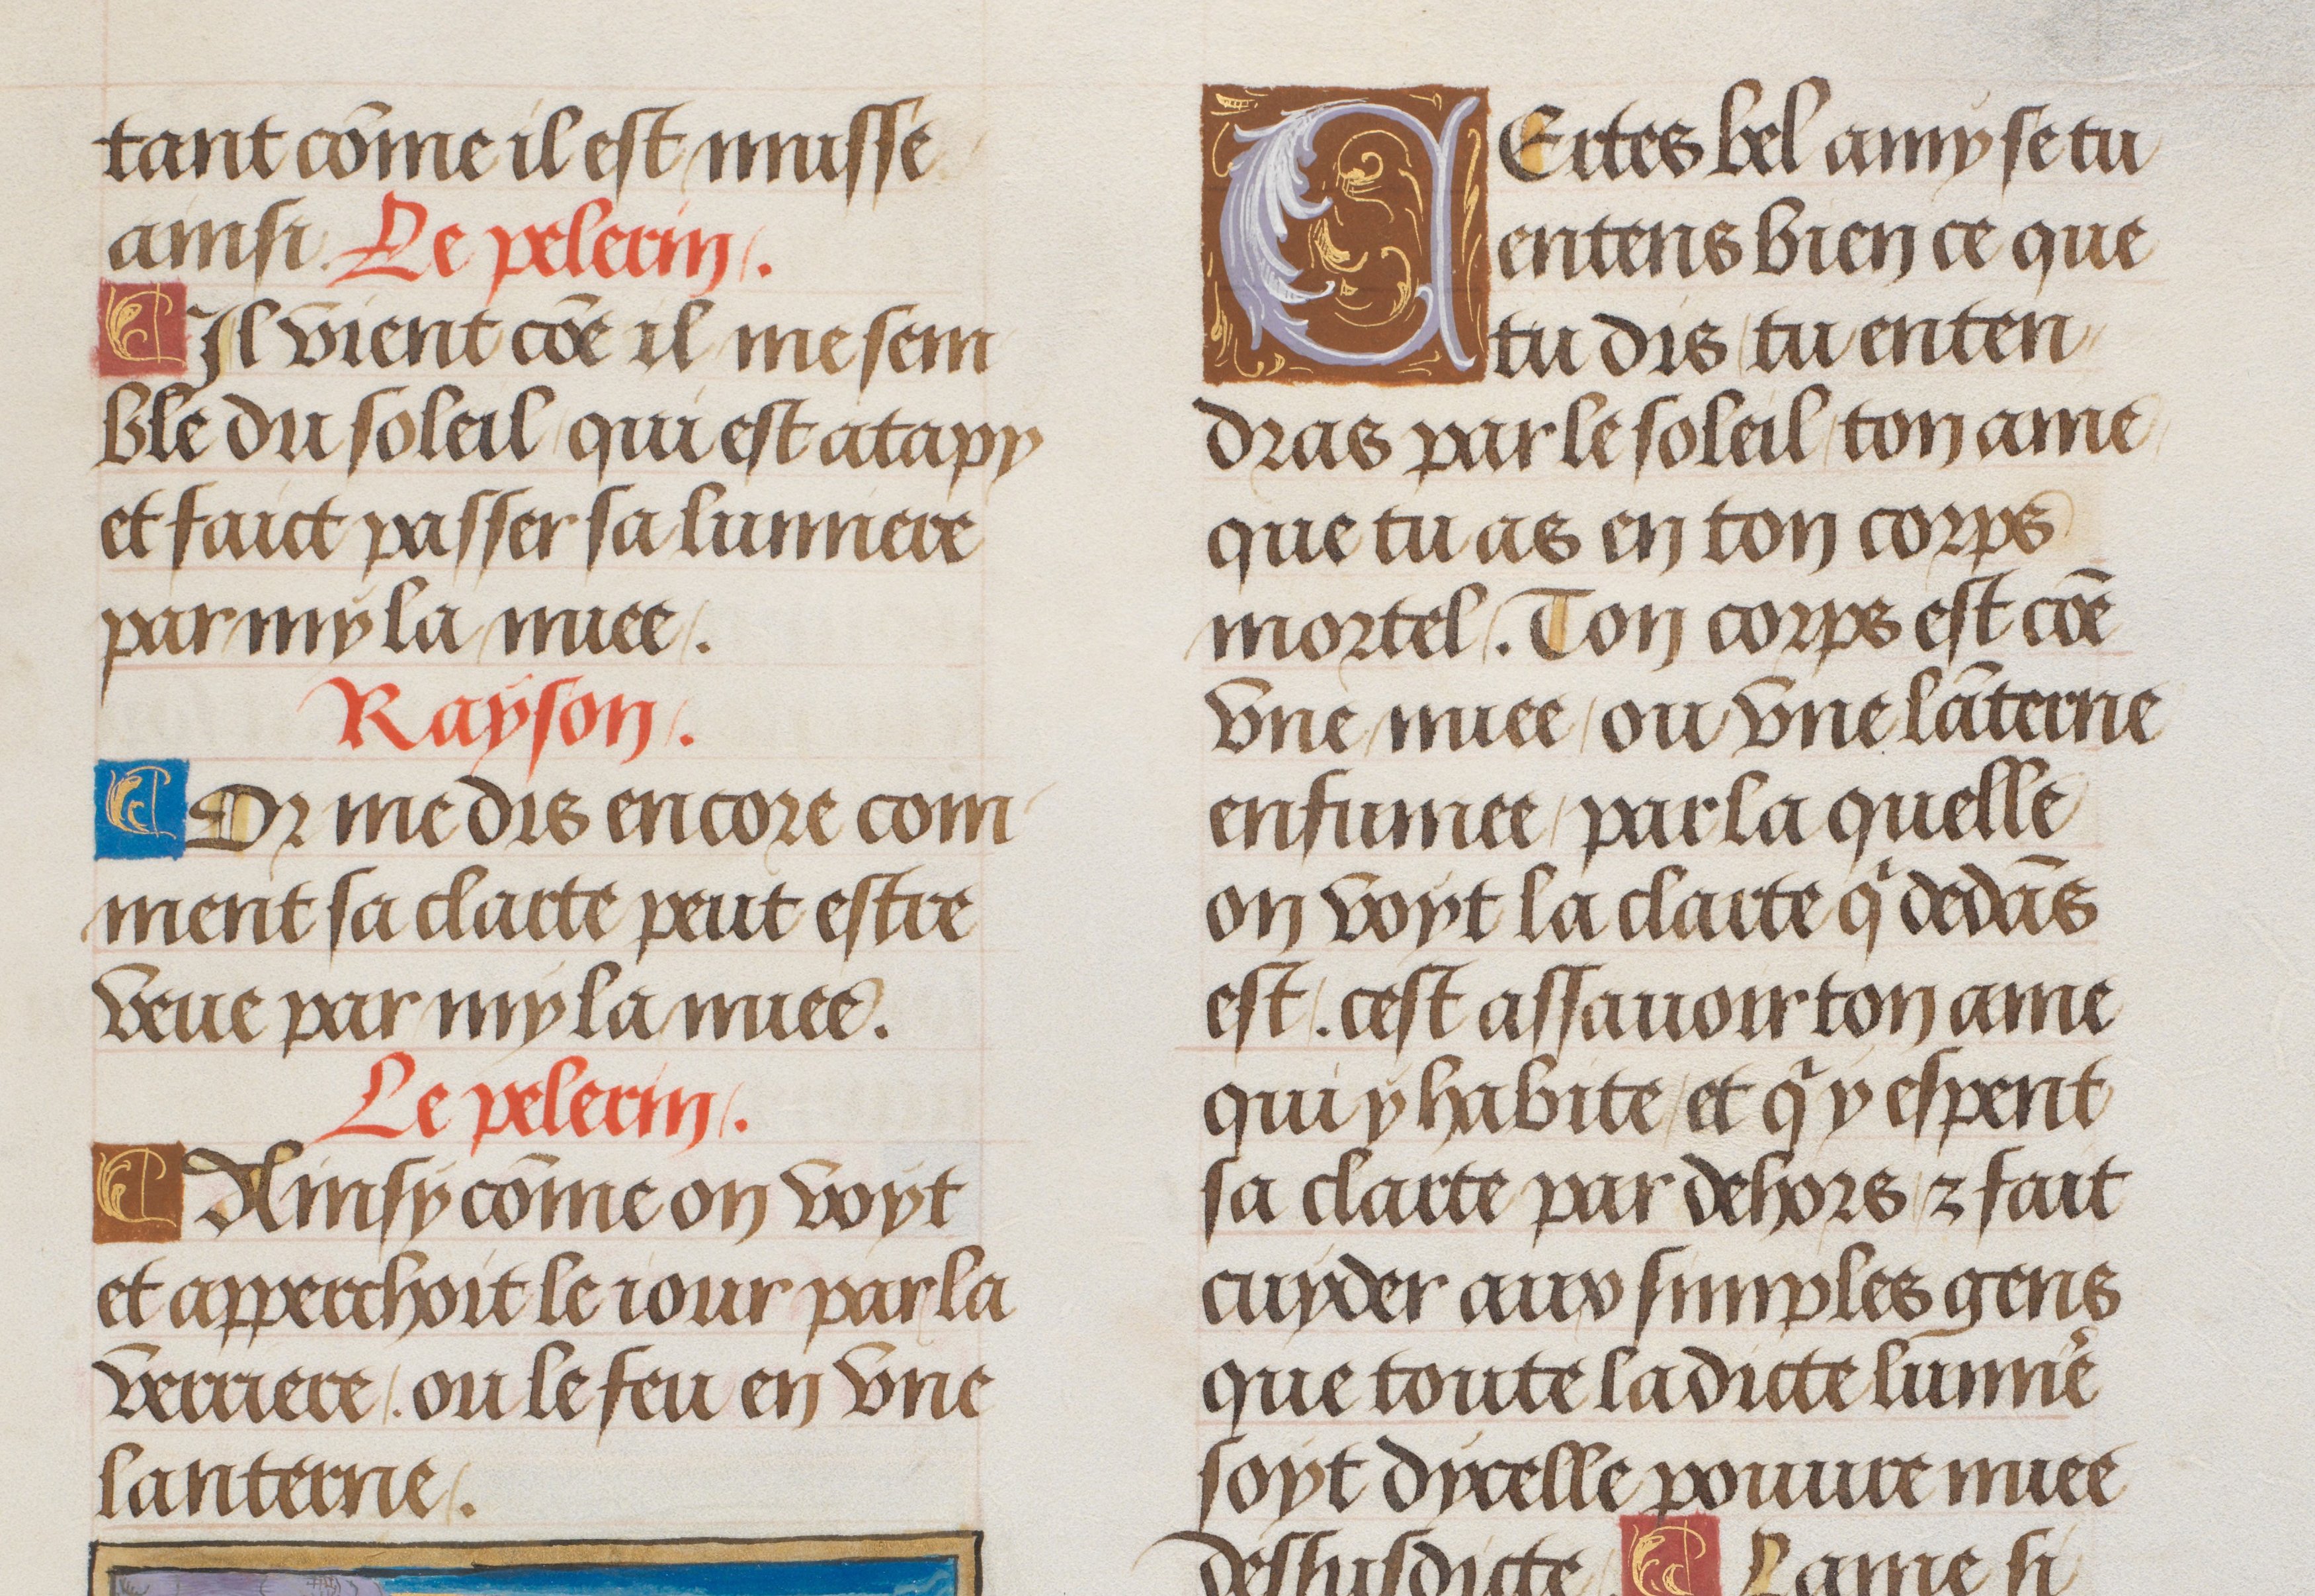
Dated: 1470–1530